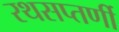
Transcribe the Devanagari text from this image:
रथसप्‍तर्णी